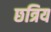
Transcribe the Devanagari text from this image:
छत्रिय